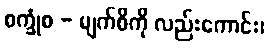
စက္ခုံစ - မျက်စိကို လည်းကောင်း၊